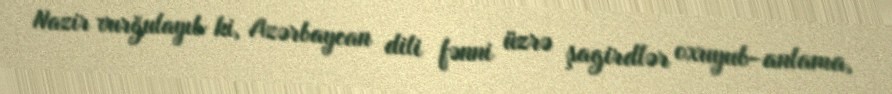
Nazir vurğulayıb ki, Azərbaycan dili fənni üzrə şagirdlər oxuyub-anlama,